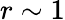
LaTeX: r\sim 1